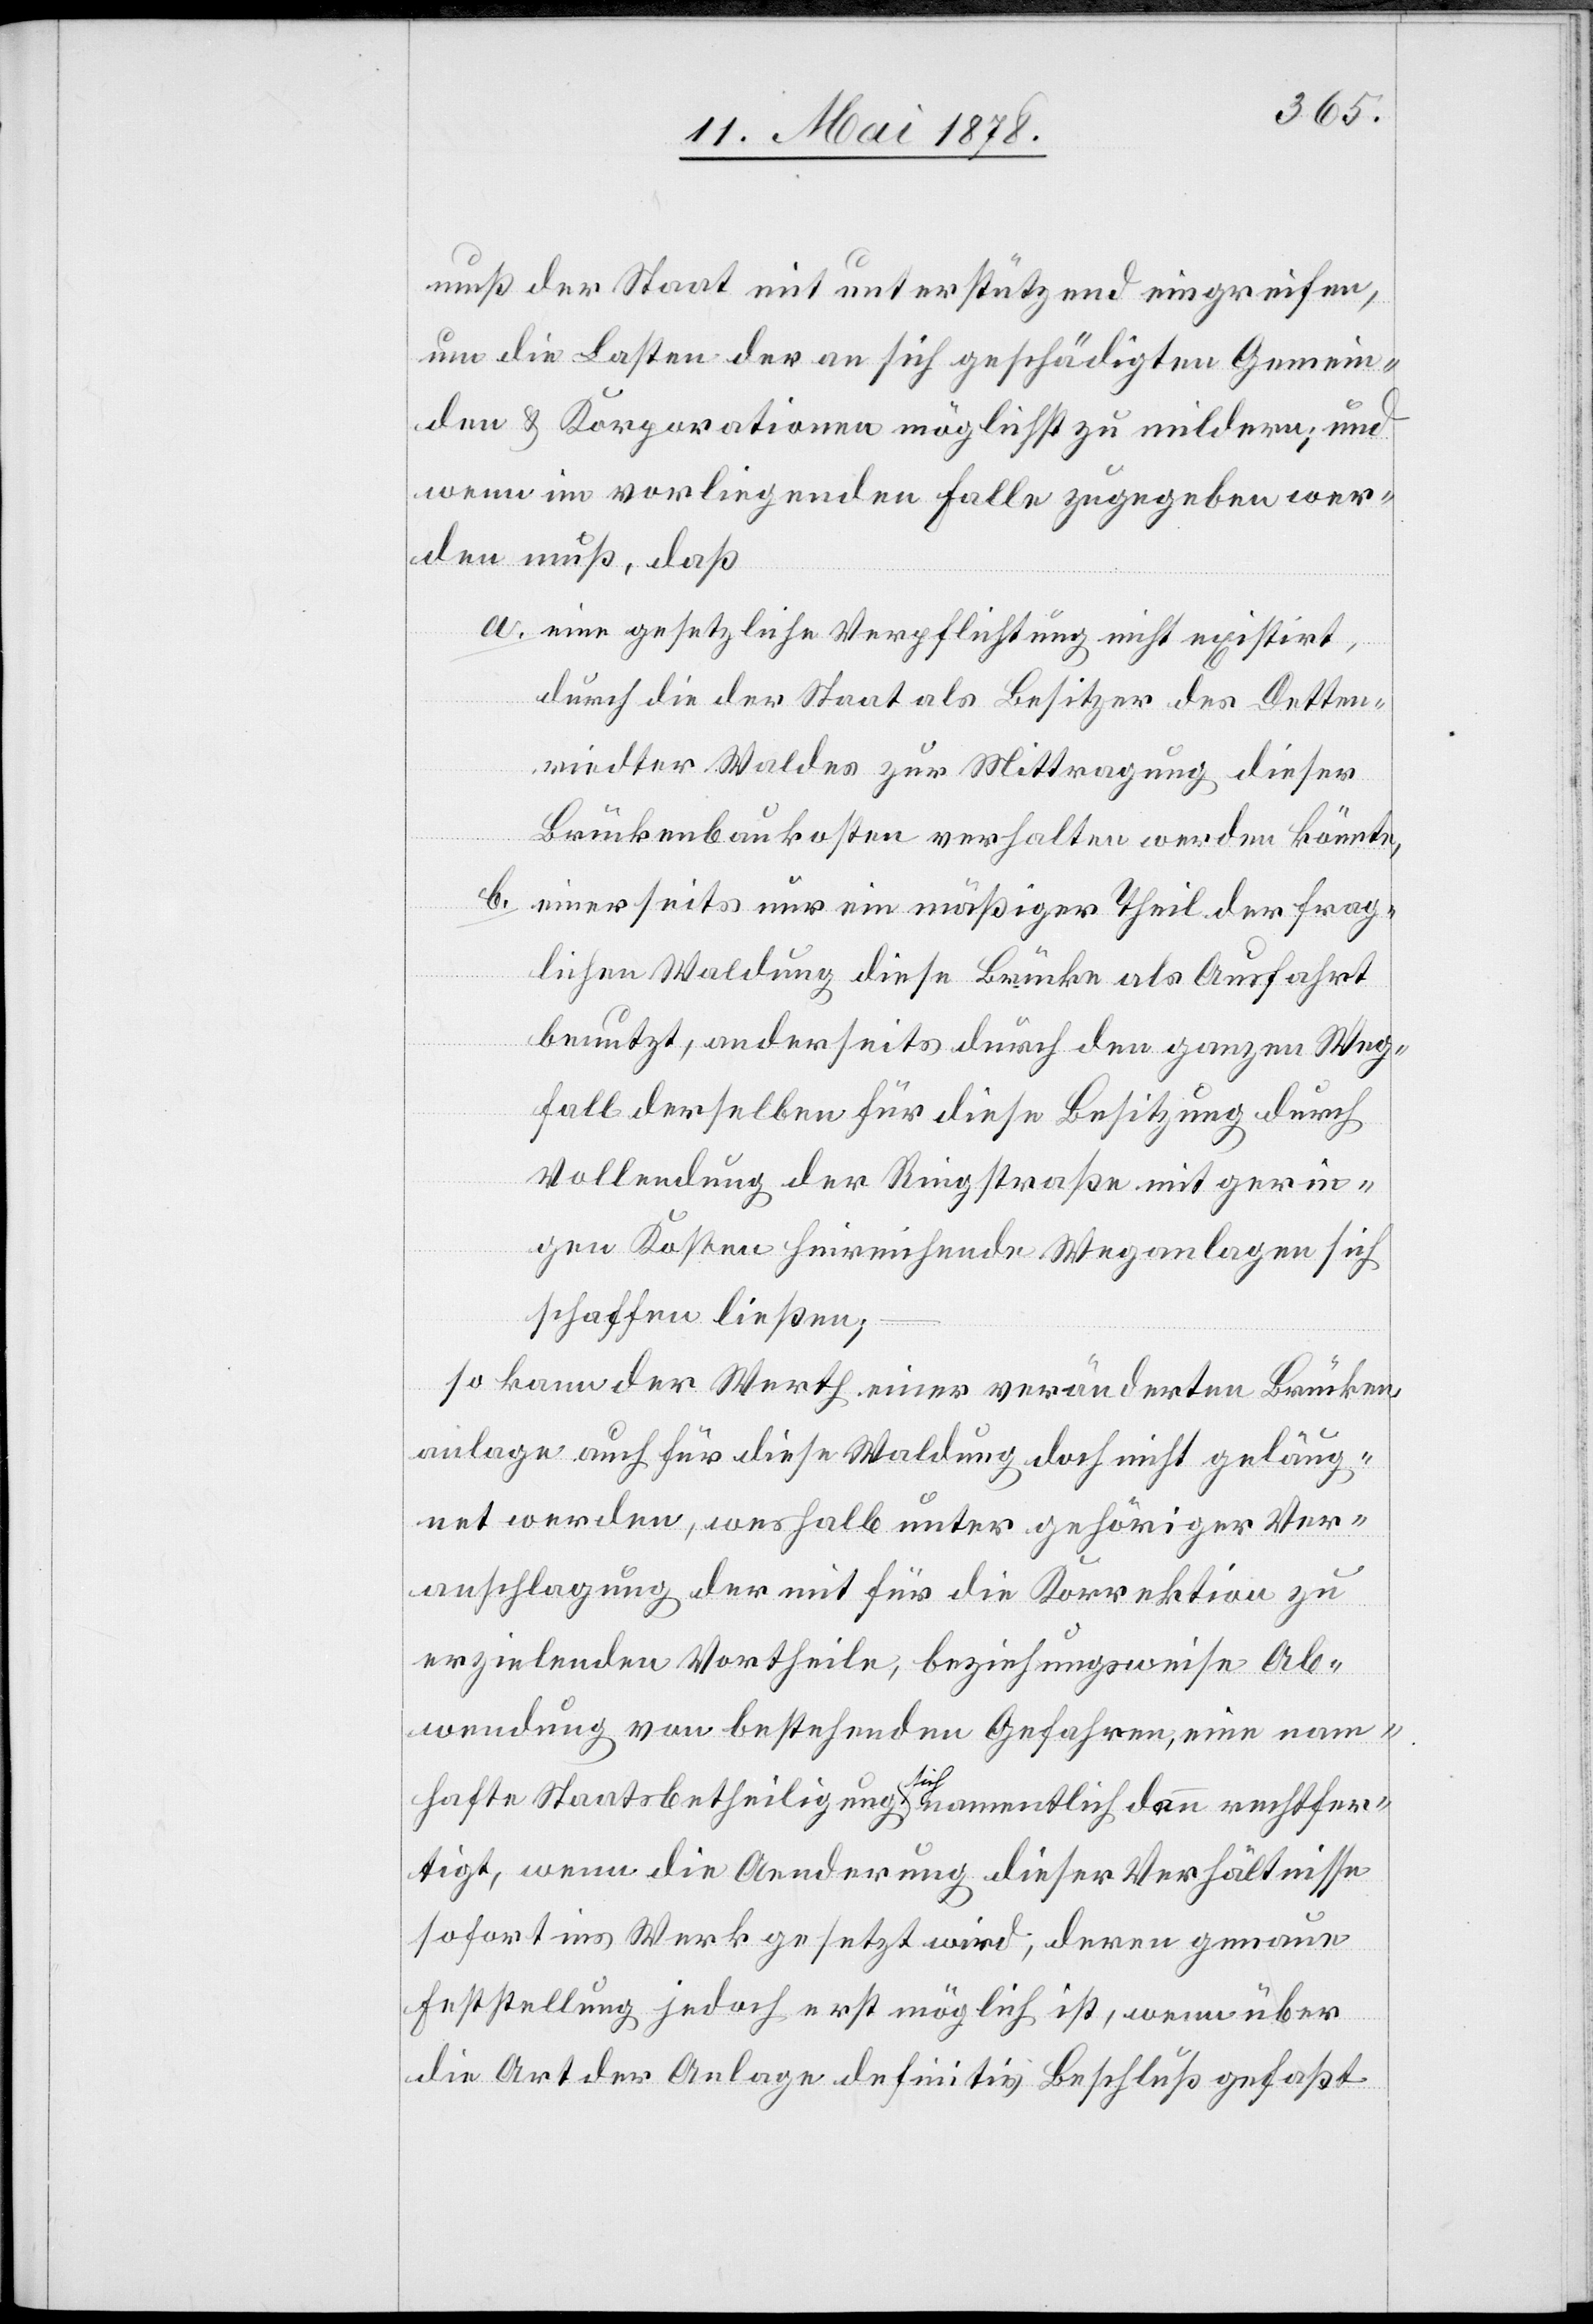
muß der Staat mit unterstützend eingreifen,
um die Lasten der an sich geschädigten Gemein¬
den & Korporationen möglichst zu mildern; und
wenn im vorliegenden Falle zugegeben wer¬
den muß, daß
eine gesetzliche Verpflichtung nicht existirt,
durch die der Staat als Besitzer des Detten¬
riedter Waldes zur Mittragung dieser
Brückenbaukosten verhalten werden könnte
einerseits nur ein mäßiger Theil der frag¬
lichen Waldung diese Brücke als Ausfahrt
benutzt, anderseits durch den ganzen Weg¬
fall derselben für diese Besitzung durch
Vollendung der Ringstraße mit gerin¬
gen Kosten hinreichende Weganlagen sich
schaffen ließen;
so kann der Werth einer veränderten Brücken¬
anlage auch für diese Waldung doch nicht geläug¬
net werden, weshalb unter gehöriger Ver¬
anschlagung der mit für die Korrektion zu
erzielenden Vortheile, beziehungsweise Ab¬
wendung von bestehenden Gefahren, eine nam¬
hafte Staatsbetheiligung sich namentlich, dann rechtfer¬
tigt, wenn die Aenderung dieser Verhältnisse
sofort ins Werk gesetzt wird; deren genaue
Feststellung jedoch erst möglich ist, wenn über
die Art der Anlage definitiv Beschluß gefaßt